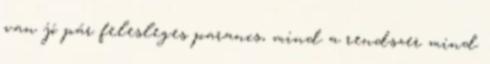
van jó pár felesleges parancs, mind a rendszer mind